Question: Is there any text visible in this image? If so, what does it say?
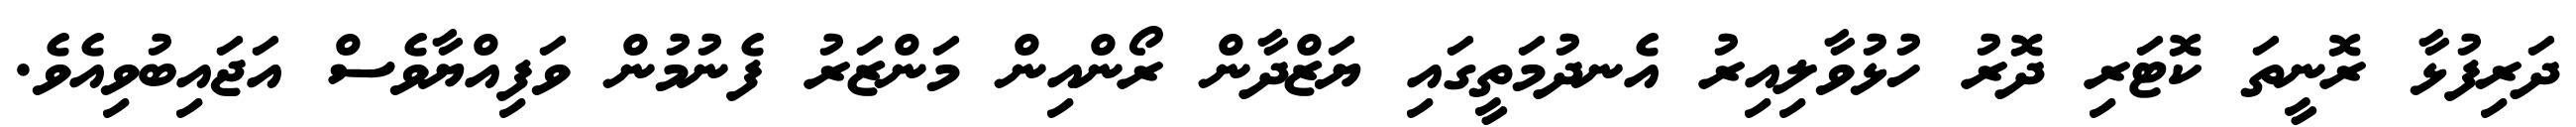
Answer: ދަރިފުޅާ ރޮނީތަ ކޮޓަރި ދޮރު ހުޅުވާލިއިރު އެނދުމަތީގައި ޔަޒްދާން ރޯންއިން މަންޒަރު ފެނުމުން ވަފިއްޔާވެސް އަޖައިބުވިއެވެ.